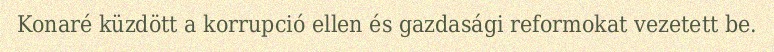
Konaré küzdött a korrupció ellen és gazdasági reformokat vezetett be.